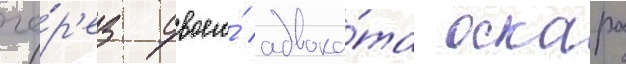
че́р'ез своего́ адвока́та оскара